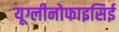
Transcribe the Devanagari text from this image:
यूग्लीनोफाइसिई